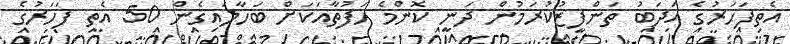
އެތިފަހަރުގެ އަދަބު ތަންފީޒުކުރަމުން ދަނީ ކޮންމެ ހަފުތާއަކަށް ބަހާލައިގެން 50 އެތި ފަހަރުގެ